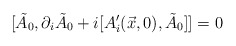
\begin{align*}[\tilde{A}_{0}, \partial_{i}\tilde{A}_{0} +i[A'_{i}(\vec{x},0),\tilde{A}_{0}]] = 0\end{align*}